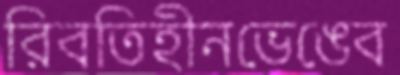
রিবতিহীনভেঙেব